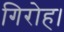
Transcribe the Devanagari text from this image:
गिरोह।